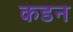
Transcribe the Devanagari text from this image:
कडन